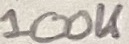
Text: 100K